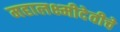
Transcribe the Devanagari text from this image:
महालक्ष्मीदेवीचे